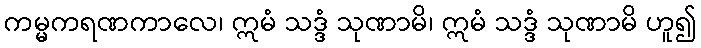
ကမ္မကရဏကာလေ၊ ဣမံ သဒ္ဒံ သုဏာမိ၊ ဣမံ သဒ္ဒံ သုဏာမိ ဟူ၍